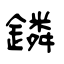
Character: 鏻